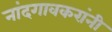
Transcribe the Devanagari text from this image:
नांदगावकरांनी